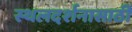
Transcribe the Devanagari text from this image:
स्थलदर्शनासाठी